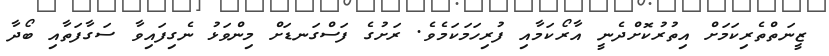
ޒީނަތްތެރިކަމަށް އިތުރުކޮށްދެނީ އާރޯކަމާއި ފުރިހަމަކަމެވެ. ރަށުގެ ފަސްގަނޑަށް މިންވަޅު ނެގިފައިވާ ސަގާފަތާއި ބޯދާ